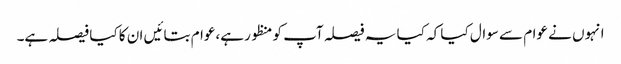
انہوں نے عوام سے سوال کیا کہ کیا یہ فیصلہ آپ کو منظور ہے،عوام بتائیں ان کا کیا فیصلہ ہے۔